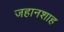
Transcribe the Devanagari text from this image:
जहानशाह